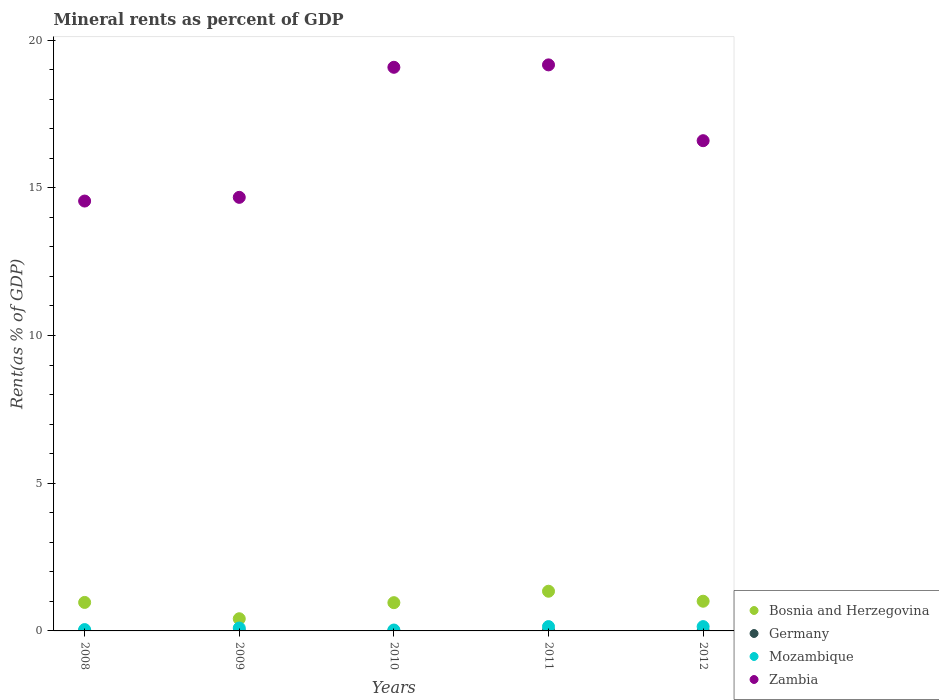
| Years | Bosnia and Herzegovina | Germany | Mozambique | Zambia |
 | --- | --- | --- | --- | --- |
 | 2008 | 0.965 | 0.00135 | 0.0451 | 14.6 |
 | 2009 | 0.412 | 0.000402 | 0.0983 | 14.7 |
 | 2010 | 0.957 | 0.00117 | 0.0304 | 19.1 |
 | 2011 | 1.34 | 0.00157 | 0.146 | 19.2 |
 | 2012 | 1.01 | 0.00104 | 0.146 | 16.6 |